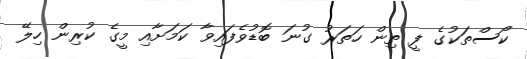
ކޯސްތަކުގެ ފީ ތިން ހަތަރު ގުނަ ބޮޑުވެފައިވާ ކަމަށާއި މީގެ ކުރިން ހިލޭ